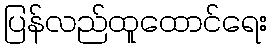
ပြန်လည်ထူထောင်ရေး